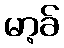
မာ့ခ်